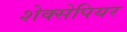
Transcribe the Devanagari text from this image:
शेक्सेपियर